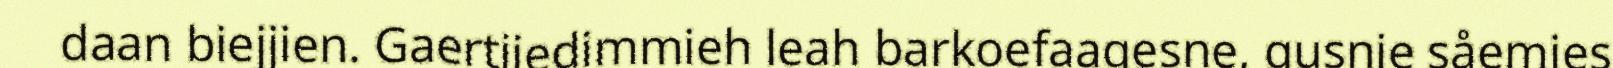
daan biejjien. Gaertjiedimmieh leah barkoefaagesne, gusnie såemies